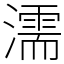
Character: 濡